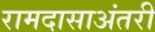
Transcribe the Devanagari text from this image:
रामदासाअंतरी